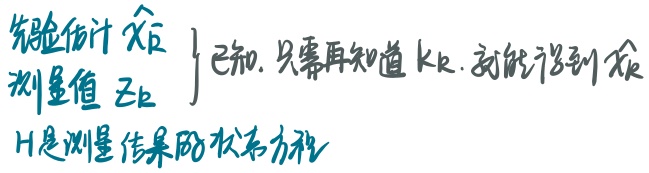
先验估计 $\hat{x}_{k|k - 1}$ 已知. 只需再知道 $k_k$, 就能得到 $\hat{x}_{k}$
测量值 $z_{k}$
$H$ 是测量结果的状态方程